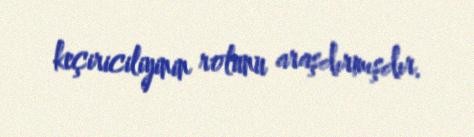
keçiriciliyinin rolunu araşdırmışdır.